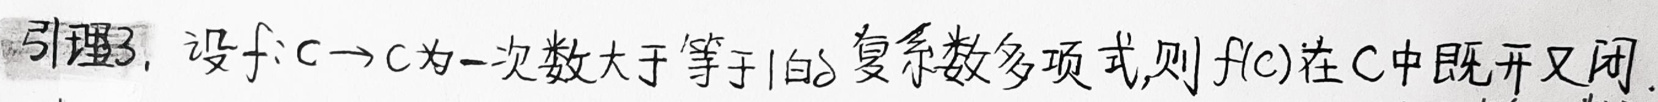
引理3. 设$f:\mathbb{C}\to\mathbb{C}$为一次数大于等于1的复系数多项式,则$f(\mathbb{C})$在$\mathbb{C}$中既开又闭.